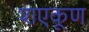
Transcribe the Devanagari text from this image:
शएकूण